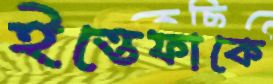
ইত্তেফাকে